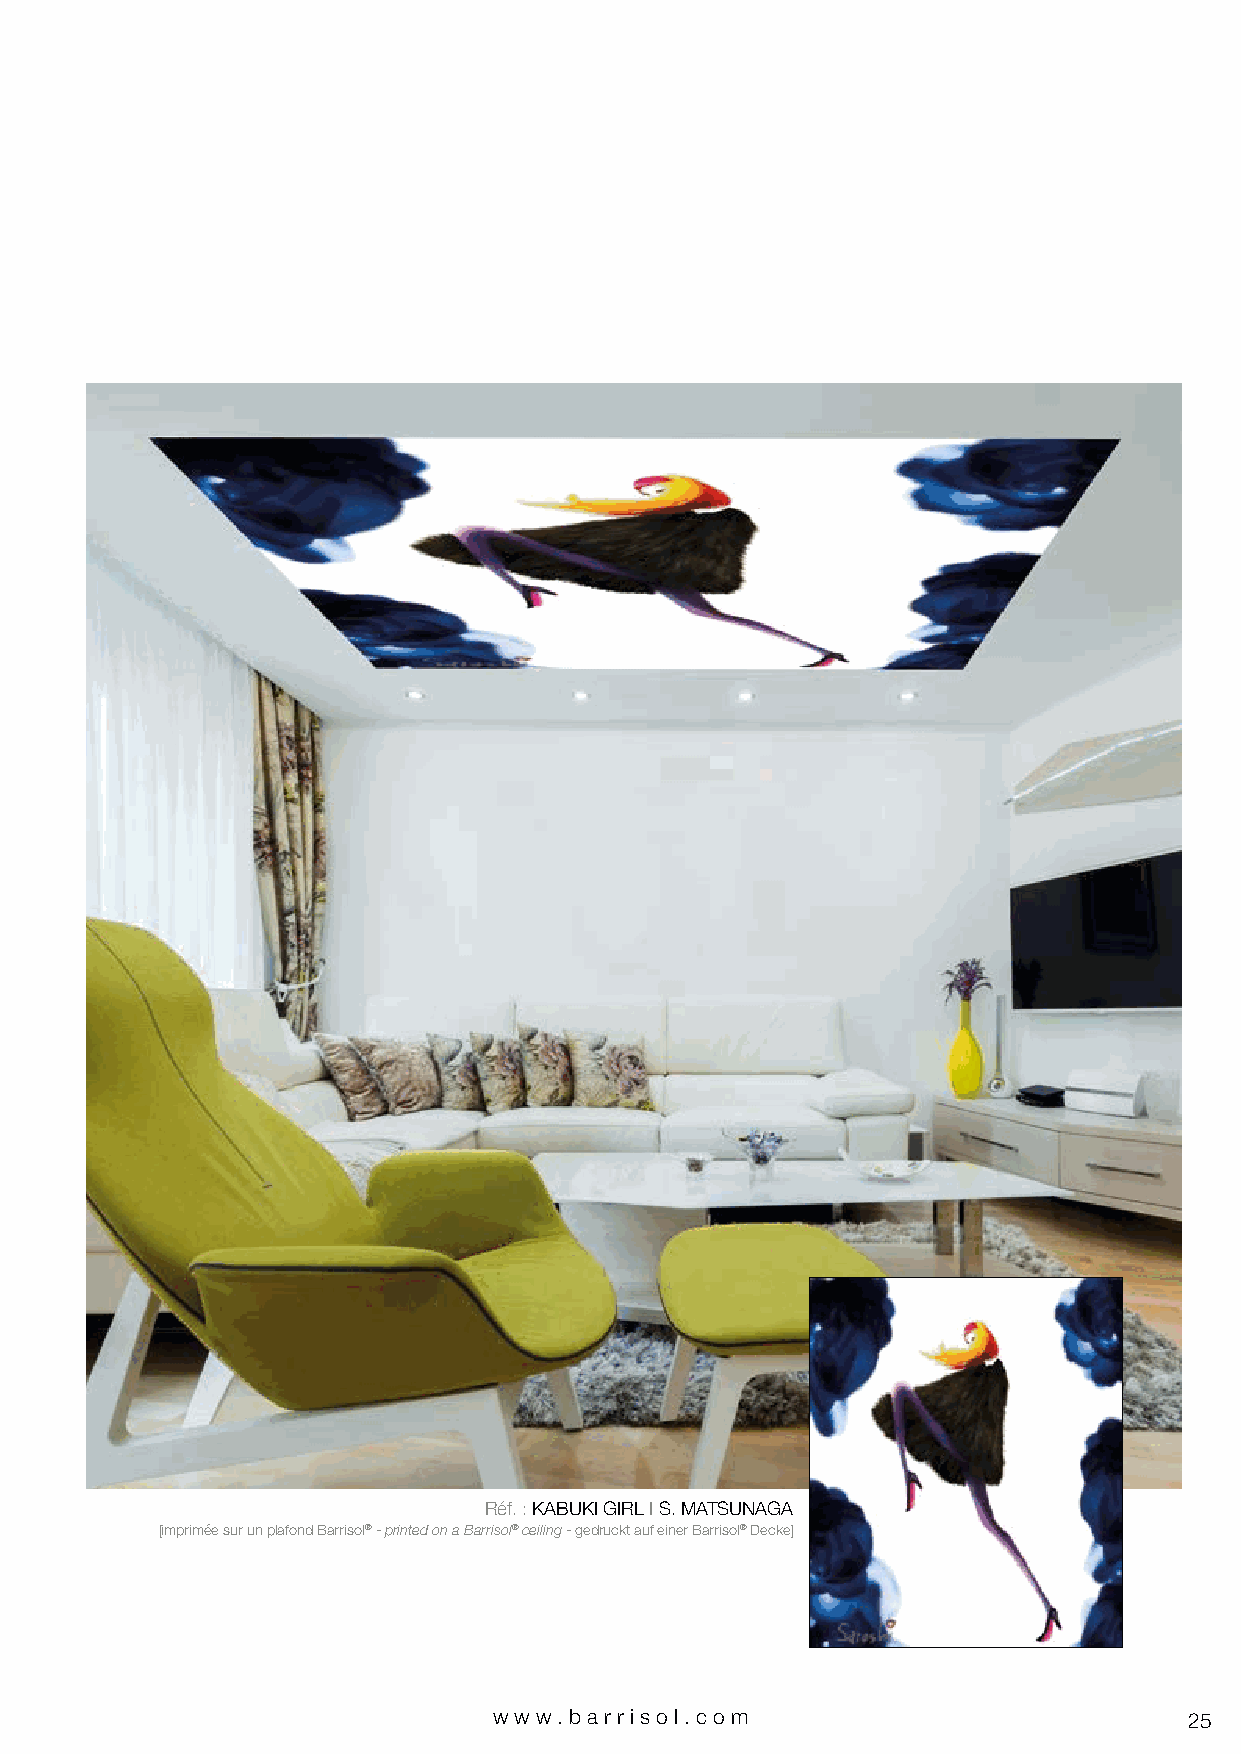
Réf. : KABUKI GIRL I S. MATSUNAGA
 [imprimée sur un plafond Barrisol® - printed on a Barrisol® ceiling - gedruckt auf einer Barrisol® Decke]
 www.bar riso l. com                           25